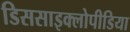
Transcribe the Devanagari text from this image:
डिससाइक्लोपीडिया